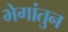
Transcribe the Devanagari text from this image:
भेगांतुन